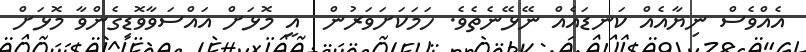
އެއްވެސް ނިޔާއެއް ކަނޑައެއް ނޭޅޭނެތެވެ. ހަމަކަށަވަރުން  އީ މޮޅަށް އައްސަވާވޮޑިގެންވާ މޮޅަށް